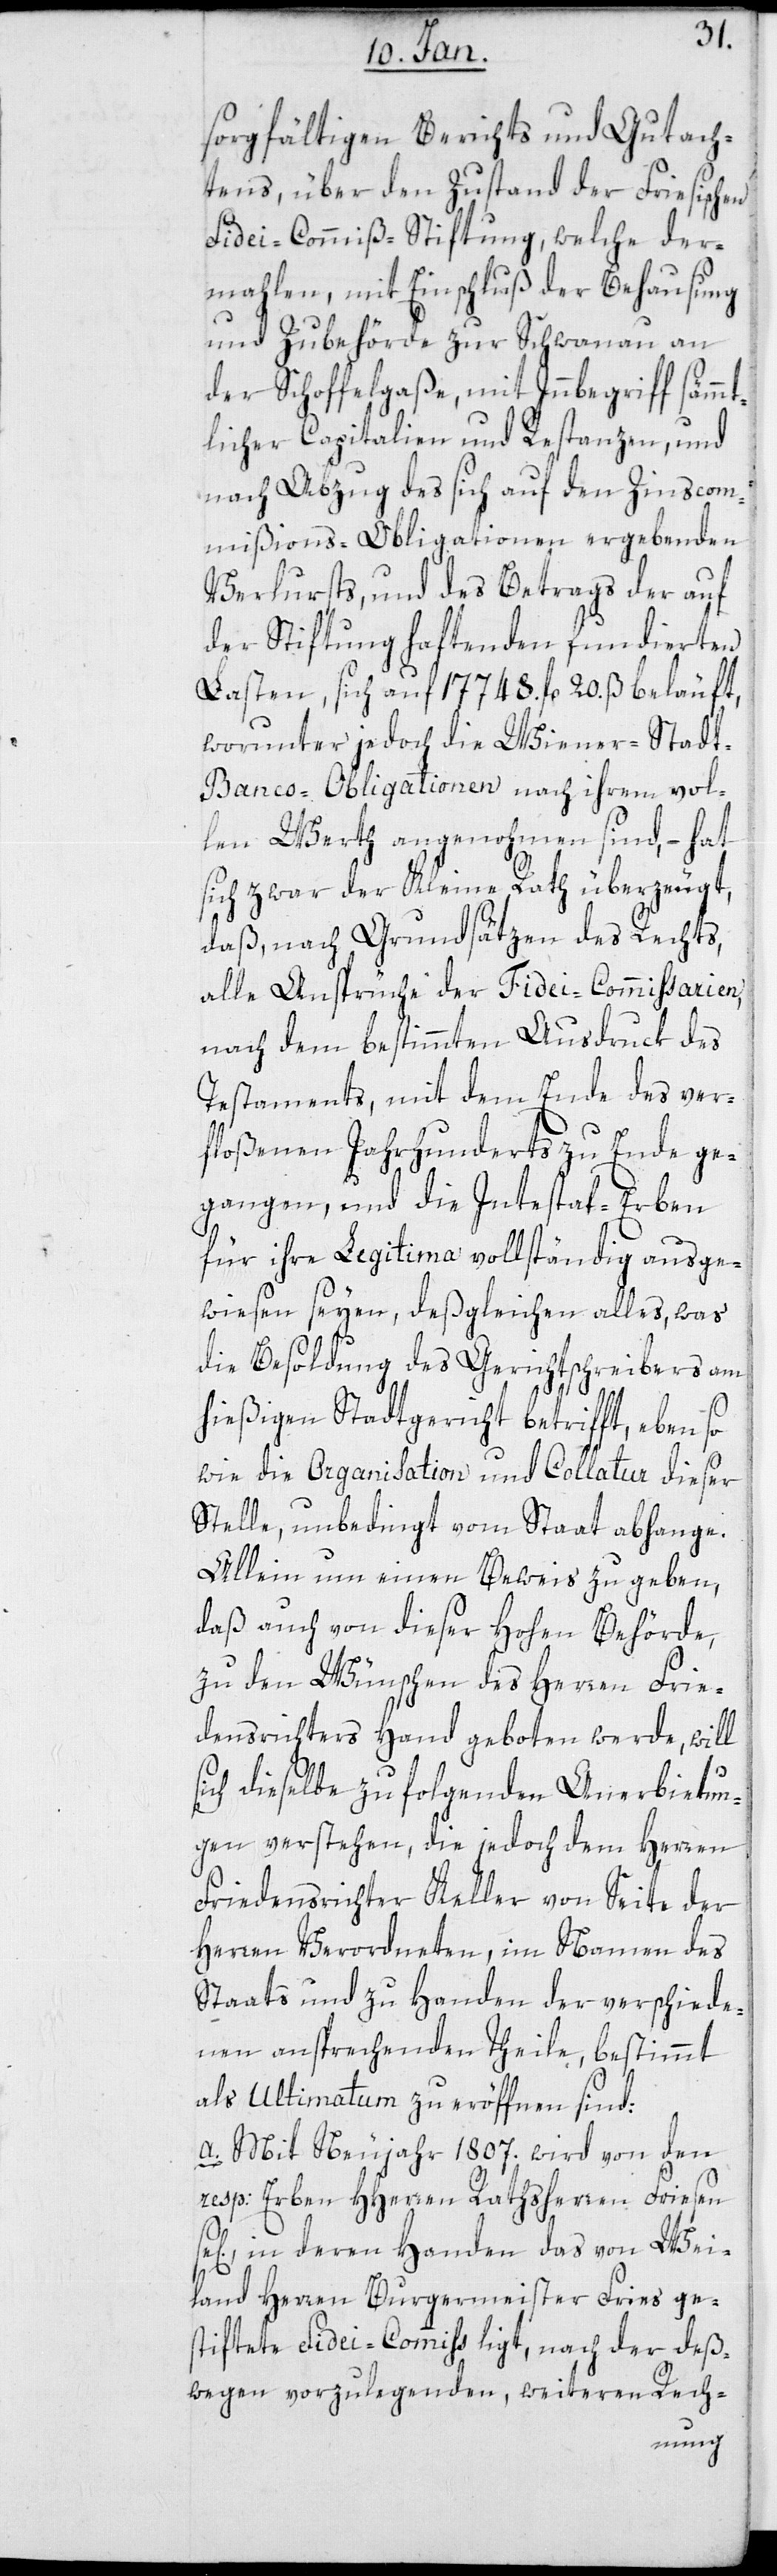
sorgfältigen Berichts und Gutach¬
tens, über den Zustand der Friesischen
Fidei-Commiß-Stiftung, welche der¬
mahlen, mit Einschluß der Behausung
und Zubehörde zur Schwanau an
der Schoffelgaße, mit Innbegriff sämmt¬
licher Capitalien und Restanzen, und
nach Abzug des sich auf den Zinscom¬
mißions-Obligationen ergebenden
Verlusts, und des Betrags der auf
der Stiftung haftenden fundierten
Lasten, sich auf 17 748. fl. 20. ß beläuft,
worunter jedoch die Wiener-Stad¬
t-Banco-Obligationen nach ihrem vol¬
len Werth angenommen sind, – hat
sich zwar der Kleine Rath überzeugt,
daß nach Grundsätzen des Rechts,
alle Ansprüche der Fidei-Commissarien,
nach dem bestimmten Ausdruck des
Testaments, mit dem Ende des ver¬
floßenen Jahrhunderts zu Ende ge¬
gangen, und die Intestat-Erben
für ihre Legitima vollständig ausge¬
wiesen seyen, deßgleichen alles, was
die Besoldung des Gerichtschreibers am
s¬
hießigen Stadtgericht betrifft, eben so
wie die Organisation und Collatur dieser
Stelle, unbedingt vom Staat abhange.
Allein um einen Beweis zu geben,
daß auch von dieser hohen Behörde,
zu den Wünschen des Herren Frie¬
densrichters Hand geboten werde, will
ich dieselbe zu folgenden Anerbietun¬
gen verstehen, die jedoch dem Herren
Friedensrichter Keller von Seite der
Herren Verordneten, im Namen des
Staats und zu Handen der verschiede¬
nen ansprechenden Theile, bestimmt
als Ultimatum zu eröffnen sind:
a. Mit Neujahr 1807. wird von den
resp: Erben HHerren Rathsherren Friesen
sel., in deren Handen das von Wei¬
land Herren Burgermeister Fries ge¬
stiftete Fidei-Commiss liegt, nach der deß¬
wegen vorzulegenden, weiteren Rech-